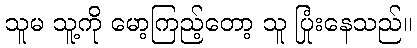
သူမ သူ့ကို မော့ကြည့်တော့ သူ ပြုံးနေသည်။